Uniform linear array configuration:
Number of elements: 8
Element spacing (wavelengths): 0.25
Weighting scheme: blackman
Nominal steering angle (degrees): -15
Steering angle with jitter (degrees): -14.576
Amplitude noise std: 0.05
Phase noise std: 0.05

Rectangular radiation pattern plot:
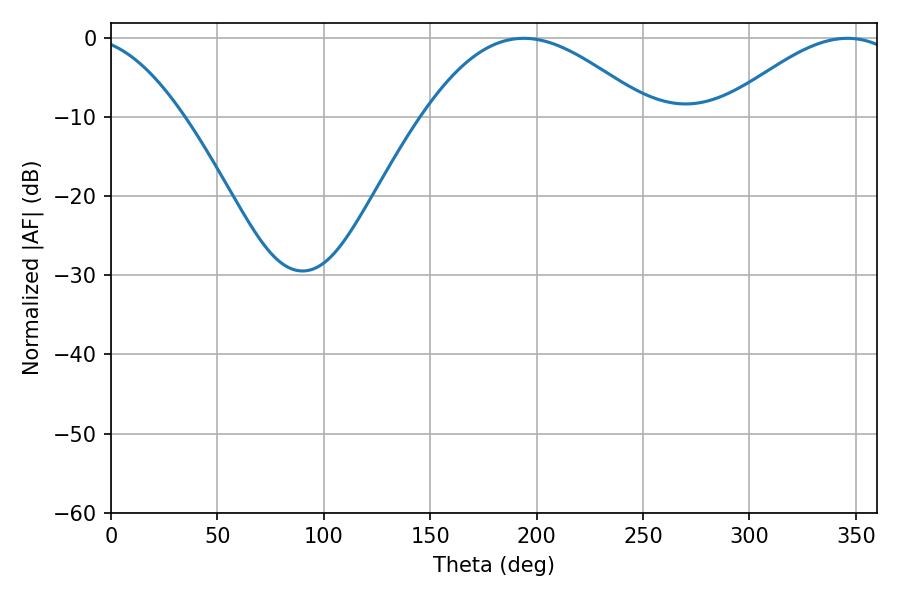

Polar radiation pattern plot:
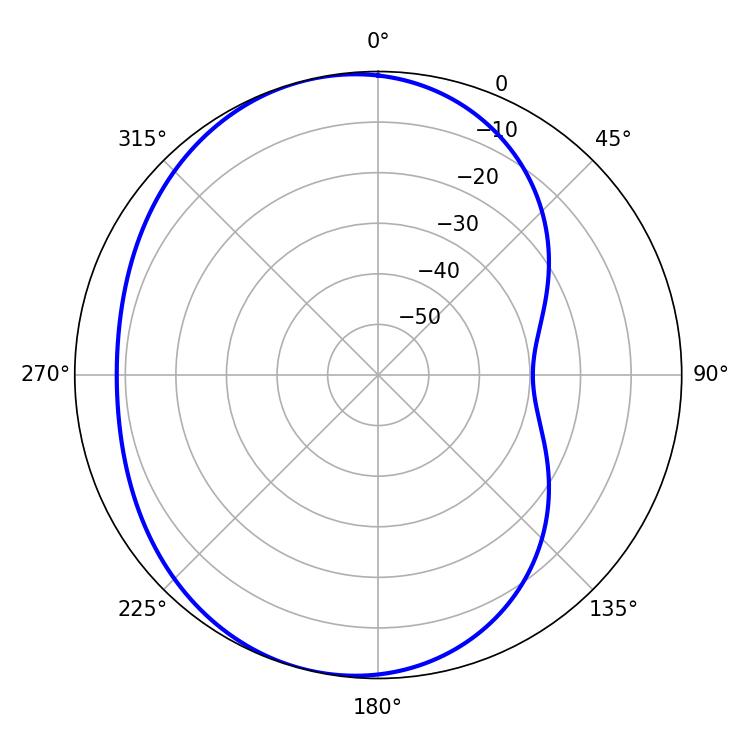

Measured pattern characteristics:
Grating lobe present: FALSE
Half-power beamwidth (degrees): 57.6
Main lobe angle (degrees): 193.86